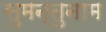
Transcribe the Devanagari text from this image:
सुमन्तुनाम